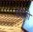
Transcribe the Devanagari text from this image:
सेरोनो